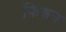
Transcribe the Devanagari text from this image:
फिक्षन